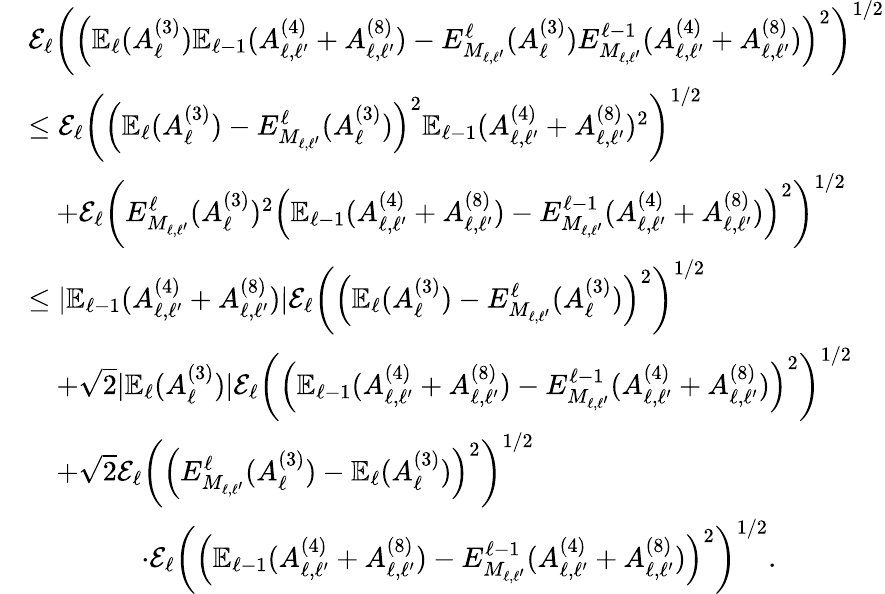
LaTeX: \begin{array}{rl}&{\mathcal{E}_{\ell}\left(\left(\mathbb{E}_{\ell}(A_{\ell}^{(3)})\mathbb{E}_{\ell-1}(A_{\ell,\ell^{\prime}}^{(4)}+A_{\ell,\ell^{\prime}}^{(8)})-E_{M_{\ell,\ell^{\prime}}}^{\ell}(A_{\ell}^{(3)})E_{M_{\ell,\ell^{\prime}}}^{\ell-1}(A_{\ell,\ell^{\prime}}^{(4)}+A_{\ell,\ell^{\prime}}^{(8)})\right)^{2}\right)^{1/2}}\\ &{\le\mathcal{E}_{\ell}\left(\left(\mathbb{E}_{\ell}(A_{\ell}^{(3)})-E_{M_{\ell,\ell^{\prime}}}^{\ell}(A_{\ell}^{(3)})\right)^{2}\mathbb{E}_{\ell-1}(A_{\ell,\ell^{\prime}}^{(4)}+A_{\ell,\ell^{\prime}}^{(8)})^{2}\right)^{1/2}}\\ &{\quad+\mathcal{E}_{\ell}\left(E_{M_{\ell,\ell^{\prime}}}^{\ell}(A_{\ell}^{(3)})^{2}\left(\mathbb{E}_{\ell-1}(A_{\ell,\ell^{\prime}}^{(4)}+A_{\ell,\ell^{\prime}}^{(8)})-E_{M_{\ell,\ell^{\prime}}}^{\ell-1}(A_{\ell,\ell^{\prime}}^{(4)}+A_{\ell,\ell^{\prime}}^{(8)})\right)^{2}\right)^{1/2}}\\ &{\le|\mathbb{E}_{\ell-1}(A_{\ell,\ell^{\prime}}^{(4)}+A_{\ell,\ell^{\prime}}^{(8)})|\mathcal{E}_{\ell}\left(\left(\mathbb{E}_{\ell}(A_{\ell}^{(3)})-E_{M_{\ell,\ell^{\prime}}}^{\ell}(A_{\ell}^{(3)})\right)^{2}\right)^{1/2}}\\ &{\quad+\sqrt{2}|\mathbb{E}_{\ell}(A_{\ell}^{(3)})|\mathcal{E}_{\ell}\left(\left(\mathbb{E}_{\ell-1}(A_{\ell,\ell^{\prime}}^{(4)}+A_{\ell,\ell^{\prime}}^{(8)})-E_{M_{\ell,\ell^{\prime}}}^{\ell-1}(A_{\ell,\ell^{\prime}}^{(4)}+A_{\ell,\ell^{\prime}}^{(8)})\right)^{2}\right)^{1/2}}\\ &{\quad+\sqrt{2}\mathcal{E}_{\ell}\left(\left(E_{M_{\ell,\ell^{\prime}}}^{\ell}(A_{\ell}^{(3)})-\mathbb{E}_{\ell}(A_{\ell}^{(3)})\right)^{2}\right)^{1/2}}\\ &{\qquad\qquad\cdot\mathcal{E}_{\ell}\left(\left(\mathbb{E}_{\ell-1}(A_{\ell,\ell^{\prime}}^{(4)}+A_{\ell,\ell^{\prime}}^{(8)})-E_{M_{\ell,\ell^{\prime}}}^{\ell-1}(A_{\ell,\ell^{\prime}}^{(4)}+A_{\ell,\ell^{\prime}}^{(8)})\right)^{2}\right)^{1/2}.}\end{array}